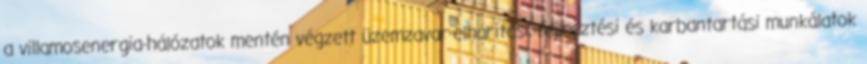
a villamosenergia-hálózatok mentén végzett üzemzavar-elhárítási, fejlesztési és karbantartási munkálatok